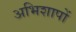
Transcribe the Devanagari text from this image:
अभिशापों